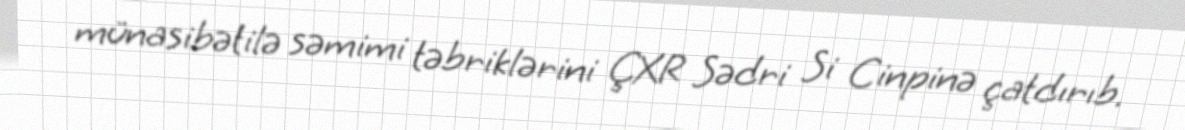
münasibətilə səmimi təbriklərini ÇXR Sədri Si Cinpinə çatdırıb.